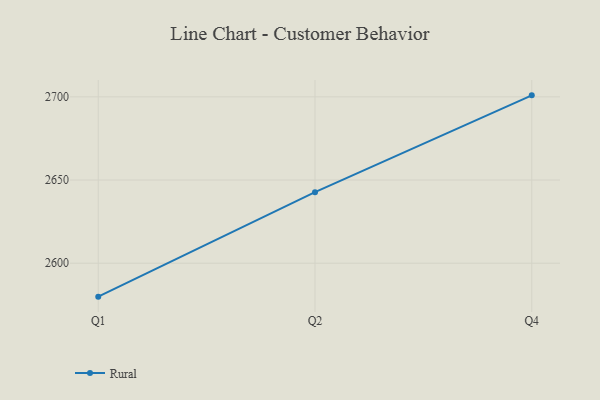
{"axis": {"x": "Quarter", "y": "Gross Profit (USD K)"}, "legend": ["Rural"], "data": [{"x": "Q1", "y": 2579.9, "type": "Rural"}, {"x": "Q2", "y": 2642.7, "type": "Rural"}, {"x": "Q4", "y": 2700.9, "type": "Rural"}]}